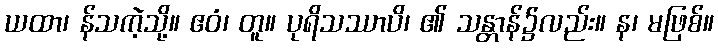
ယထာ၊ န်သကဲ့သို့။ ဧဝံ၊ တူ။ ပုရိသဿာပိ၊ ၏ သန္တာန်၌လည်း။ န၊ မဖြစ်။